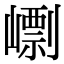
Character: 㠒